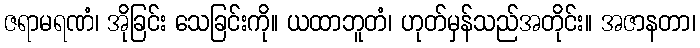
ဇရာမရဏံ၊ အိုခြင်း သေခြင်းကို။ ယထာဘူတံ၊ ဟုတ်မှန်သည်အတိုင်း။ အဇာနတာ၊